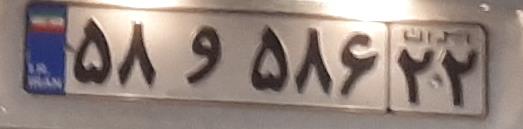
۵۸و۵۸۶۲۲